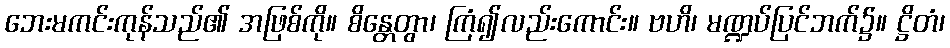
ဘေးမကင်းကုန်သည်၏ အဖြစ်ကို။ စိန္တေတွာ၊ ကြံ၍လည်းကောင်း။ ဗဟိ၊ မဏ္ဍပ်ပြင်ဘက်၌။ ဋ္ဌိတံ၊